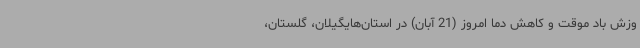
وزش باد موقت و کاهش دما امروز (21 آبان) در استان‌هایگیلان، گلستان،